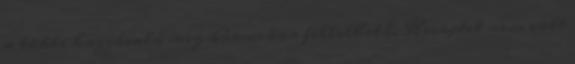
a többi hozzávaló meg bármikor fellelhető. Receptet nem volt